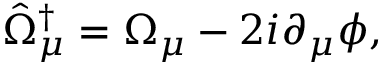
\hat { \Omega } _ { \mu } ^ { \dagger } = \Omega _ { \mu } - 2 i \partial _ { \mu } \phi ,